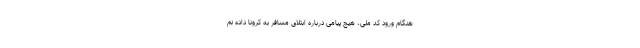
هنگام ورود کد ملی، هیچ پیامی درباره ابتلای مسافر به کرونا داده نم